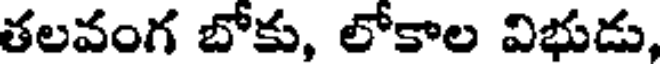
తలవంగ బోకు, లోకాల విభుడు,